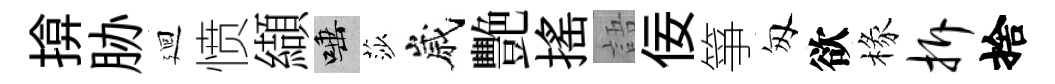
揜胁廻愤纈唾莎嵗艷揺語佞箏匆欲椽拆捨